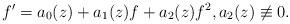
LaTeX: \begin{align*}f'=a_0(z)+a_1(z)f+a_2(z)f^2,a_2(z)\not\equiv 0.\end{align*}